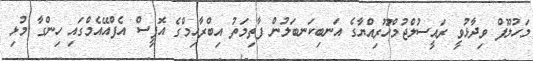
މަހުލޫފް ވިދާޅުވީ ރައީސުލްޖުމްހޫރިއްޔާގެ އަނބިކަނބަލުން ފާތިމަތު އިބްރާހިމްގެ އޮފީސް އެފްއޭއެމްގައި ހިންގާ މުޅި